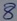
Text: 8